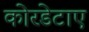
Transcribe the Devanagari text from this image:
कोरडेटाए